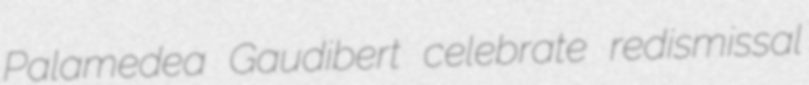
Palamedea Gaudibert celebrate redismissal